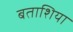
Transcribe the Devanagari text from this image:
बताशिया